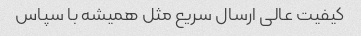
کیفیت عالی ارسال سریع مثل همیشه با سپاس